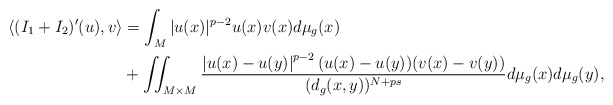
\begin{align*}\langle( I _{1}+ I _{2})'(u),v\rangle &= \int _{M} |u(x)|^{p-2} u(x)v(x)d\mu _g(x) \\&+ \iint_{M\times M} \frac{\left| u(x)-u(y) \right|^{p-2}(u(x)-u(y))(v(x)-v(y))}{(d_g(x,y))^{N+ps}}d\mu _g(x)d\mu _g(y),\end{align*}